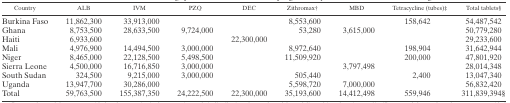
<table><thead><tr><td><b>Country</b></td><td><b>ALB</b></td><td><b>IVM</b></td><td><b>PZQ</b></td><td><b>DEC</b></td><td><b>Zithromax†</b></td><td><b>MBD</b></td><td><b>Tetracycline (tubes)‡</b></td><td><b>Total tablets§</b></td></tr></thead><tbody><tr><td>Burkina Faso</td><td>11,862,300</td><td>33,913,000</td><td></td><td></td><td>8,553,600</td><td></td><td>158,642</td><td>54,487,542</td></tr><tr><td>Ghana</td><td>8,753,500</td><td>28,633,500</td><td>9,724,000</td><td></td><td>53,280</td><td>3,615,000</td><td></td><td>50,779,280</td></tr><tr><td>Haiti</td><td>6,933,600</td><td></td><td></td><td>22,300,000</td><td></td><td></td><td></td><td>29,233,600</td></tr><tr><td>Mali</td><td>4,976,900</td><td>14,494,500</td><td>3,000,000</td><td></td><td>8,972,640</td><td></td><td>198,904</td><td>31,642,944</td></tr><tr><td>Niger</td><td>8,465,000</td><td>22,128,500</td><td>5,498,500</td><td></td><td>11,509,920</td><td></td><td>200,000</td><td>47,801,920</td></tr><tr><td>Sierra Leone</td><td>4,500,000</td><td>16,716,850</td><td>3,000,000</td><td></td><td></td><td>3,797,498</td><td></td><td>28,014,348</td></tr><tr><td>South Sudan</td><td>324,500</td><td>9,215,000</td><td>3,000,000</td><td></td><td>505,440</td><td></td><td>2,400</td><td>13,047,340</td></tr><tr><td>Uganda</td><td>13,947,700</td><td>30,286,000</td><td></td><td></td><td>5,598,720</td><td>7,000,000</td><td></td><td>56,832,420</td></tr><tr><td>Total</td><td>59,763,500</td><td>155,387,350</td><td>24,222,500</td><td>22,300,000</td><td>35,193,600</td><td>14,412,498</td><td>559,946</td><td>311,839,394§</td></tr></tbody></table>